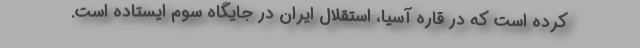
کرده است که در قاره آسیا، استقلال ایران در جایگاه سوم ایستاده است.